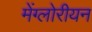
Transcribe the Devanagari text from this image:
मेंग्लोरीयन